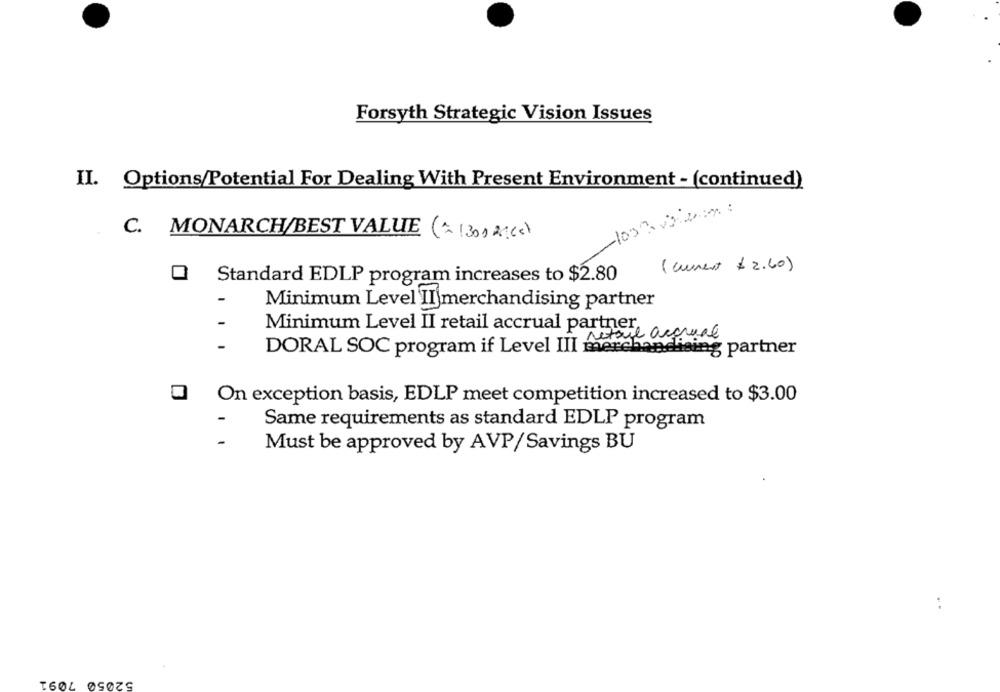
Forsyth Strategic Vision Issues
II. Options/Potential For Dealing With Present Environment - (continued)
C. MONARCH/BEST VALUE (~ [30) 2](s)
(current $ 2.60)
Q Standard EDLP program increases to $2.80
-
Minimum Level II merchandising partner
-
Minimum Level II retail accrual partner,
retail accrual
-
DORAL SOC program if Level III merchandising partner
On exception basis, EDLP meet competition increased to $3.00
Same requirements as standard EDLP program
-
Must be approved by AVP/Savings BU
52050 7091